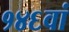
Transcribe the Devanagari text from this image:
१४६वां